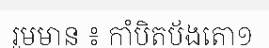
រួមមាន ៖ កាំបិតប័ងតោ១